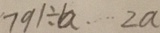
7 9 1 \div a \cdots 2 a